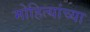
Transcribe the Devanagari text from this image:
मोहित्यांच्या